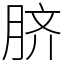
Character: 脐